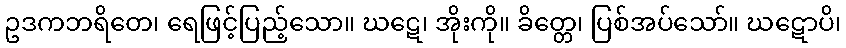
ဥဒကဘရိတေ၊ ရေဖြင့်ပြည့်သော။ ဃဋေ၊ အိုးကို။ ခိတ္တေ၊ ပြစ်အပ်သော်။ ဃဋောပိ၊